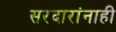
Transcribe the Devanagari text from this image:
सरदारांनाही